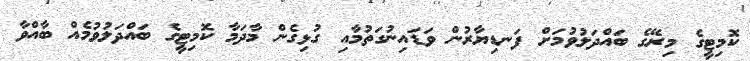
ކޮމިޓީގެ މިރޭގެ ބައްދަލުވުމަށް ފަނޑިޔާރުން ވަޑައިނުގަތުމާއި ގުޅިގެން މާދަމާ ކޮމިޓީގެ ބައްދަލުވުމެއް ބާއްވާ